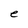
Character: e